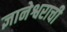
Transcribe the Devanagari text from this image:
ज्ञानेश्वराची